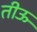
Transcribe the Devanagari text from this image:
तीऊ